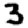
Digit: 3